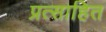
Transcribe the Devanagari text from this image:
प्रत्साहित